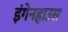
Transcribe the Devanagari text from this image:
इंगेनहाउस